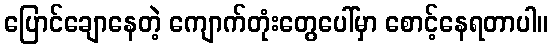
ပြောင်ချောနေတဲ့ ကျောက်တုံးတွေပေါ်မှာ စောင့်နေရတာပါ။